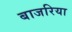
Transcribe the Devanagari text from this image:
बाजरिया